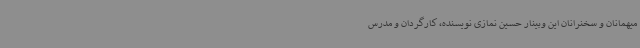
میهمانان و سخنرانان این وبینار حسین نمازی نویسنده، کارگردان و مدرس